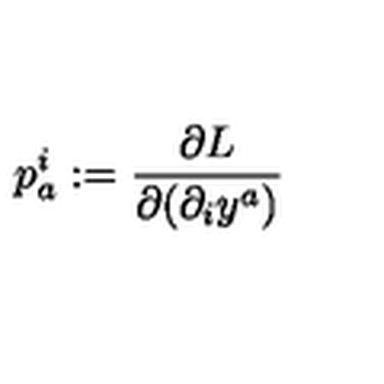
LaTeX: p _ { a } ^ { i } : = \frac { \partial L } { \partial ( \partial _ { i } y ^ { a } ) }